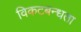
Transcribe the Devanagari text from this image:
विकटबन्धता